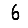
Digit: 6